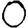
Digit: 0